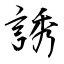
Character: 誘